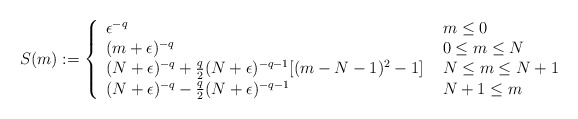
\begin{align*}S(m) :=\left\{\begin{array}{ll}\epsilon^{-q} &~ m \leq 0\\(m+\epsilon)^{-q} &~0 \leq m \leq N\\(N+\epsilon)^{-q} + \frac{q}{2}(N+\epsilon)^{-q-1}[(m-N-1)^2-1] &~ N \leq m \leq N+1\\(N+\epsilon)^{-q} - \frac{q}{2}(N+\epsilon)^{-q-1} &~ N + 1 \leq m\end{array}\right.\end{align*}